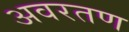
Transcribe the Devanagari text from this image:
अवरतण